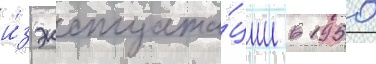
и́з эксплуата́ции в 1950